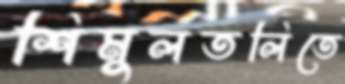
শিমুলতলিতে